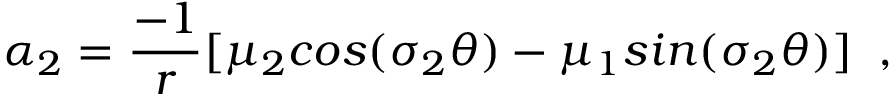
\alpha _ { 2 } = \frac { - 1 } { r } [ \mu _ { 2 } c o s ( \sigma _ { 2 } \theta ) - \mu _ { 1 } s i n ( \sigma _ { 2 } \theta ) ] \; \; ,